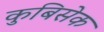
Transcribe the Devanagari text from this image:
कुबिसेक